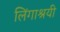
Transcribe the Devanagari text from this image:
लिंगाश्रयी